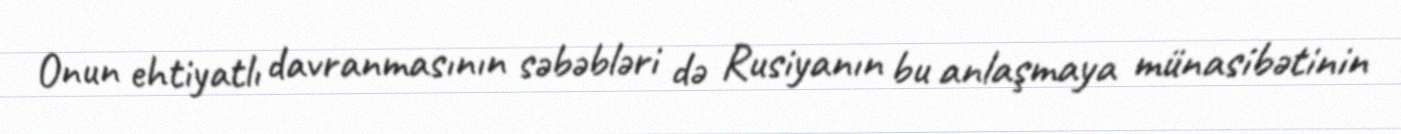
Onun ehtiyatlı davranmasının səbəbləri də Rusiyanın bu anlaşmaya münasibətinin